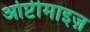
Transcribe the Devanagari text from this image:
ओप्टीमाइज़